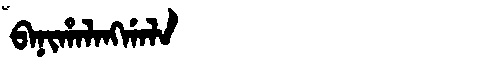
Manchu: ᠪᠠᠨᡳᡥᠠᠯᠠᠩᡤᠠᠯᠠ
Romanization: BANIHALANGGALA